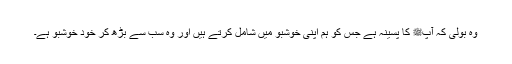
وہ بولی کہ آپﷺ کا پسینہ ہے جس کو ہم اپنی خوشبو میں شامل کرتے ہیں اور وہ سب سے بڑھ کر خود خوشبو ہے۔